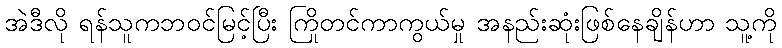
အဲဒီလို ရန်သူကဘဝင်မြင့်ပြီး ကြိုတင်ကာကွယ်မှု အနည်းဆုံးဖြစ်နေချိန်ဟာ သူ့ကို